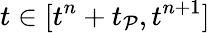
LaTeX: t\in[t^{n}+t_{\mathcal{P}},t^{n+1}]